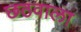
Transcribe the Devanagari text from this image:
छठवाला